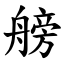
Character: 艕